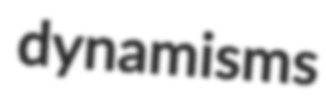
dynamisms